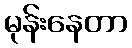
မုန်းနေတာ